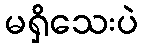
မရှိသေးပဲ